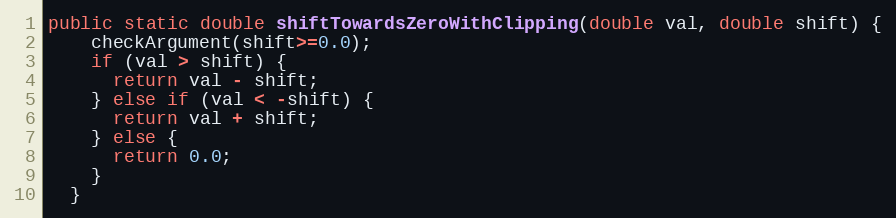
Language: Java
public static double shiftTowardsZeroWithClipping(double val, double shift) {
    checkArgument(shift>=0.0);
    if (val > shift) {
      return val - shift;
    } else if (val < -shift) {
      return val + shift;
    } else {
      return 0.0;
    }
  }